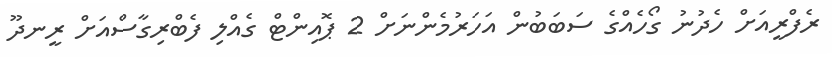
ރެފްރީއަށް ހެދުނު ގޯހެއްގެ ސަބަބުން އަހަރުމެންނަށް 2 ޕޮއިންޓް ގެއްލި ފެބްރިގާސްއަށް ރީނދޫ